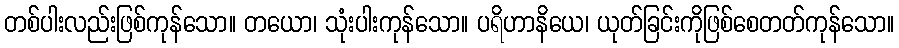
တစ်ပါးလည်းဖြစ်ကုန်သော။ တယော၊ သုံးပါးကုန်သော။ ပရိဟာနိယေ၊ ယုတ်ခြင်းကိုဖြစ်စေတတ်ကုန်သော။